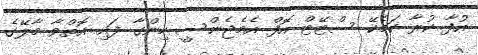
އުފާ ކުރާ ކަމެކޭ ސްޓޭޓް އޮފް އެމެޖެންސީ ހިންގާ ފައި އޮތްވާ މާލޭގެ